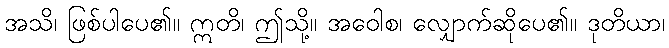
အသိ၊ ဖြစ်ပါပေ၏။ ဣတိ၊ ဤသို့။ အဝေါစ၊ လျှောက်ဆိုပေ၏။ ဒုတိယာ၊